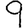
Digit: 9